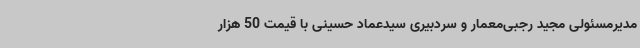
مدیرمسئولی مجید رجبی‌معمار و سردبیری سیدعماد حسینی با قیمت 50 هزار